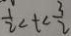
\frac { 1 } { 2 } < t < \frac { 3 } { 2 }